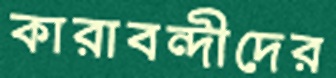
কারাবন্দীদের